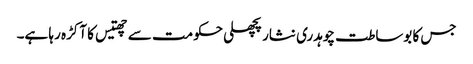
جس کا بوساطت چوہدری نثار پچھلی حکومت سے چھتیس کا آکڑہ رہا ہے۔